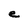
Character: e